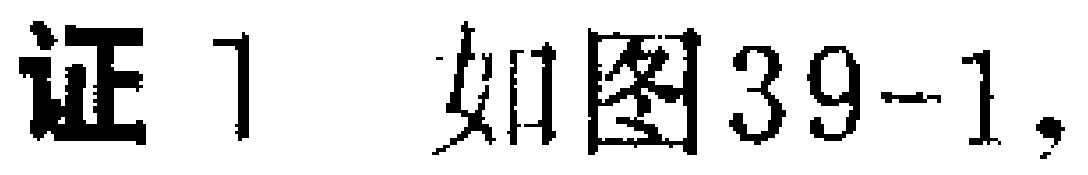
证 1 如图39-1,